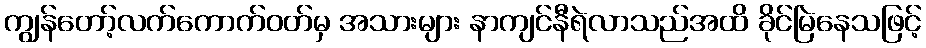
ကျွန်တော့်လက်ကောက်ဝတ်မှ အသားများ နာကျင်နီရဲလာသည်အထိ ခိုင်မြဲနေသဖြင့်